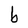
Character: b